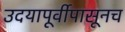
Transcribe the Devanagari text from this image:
उदयापूर्वीपासूनच